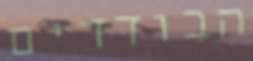
הבודדים